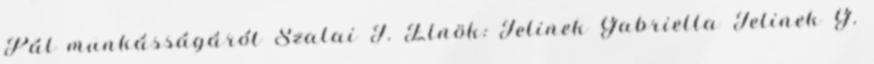
Pál munkásságáról Szalai J. Elnök: Jelinek Gabriella Jelinek G.